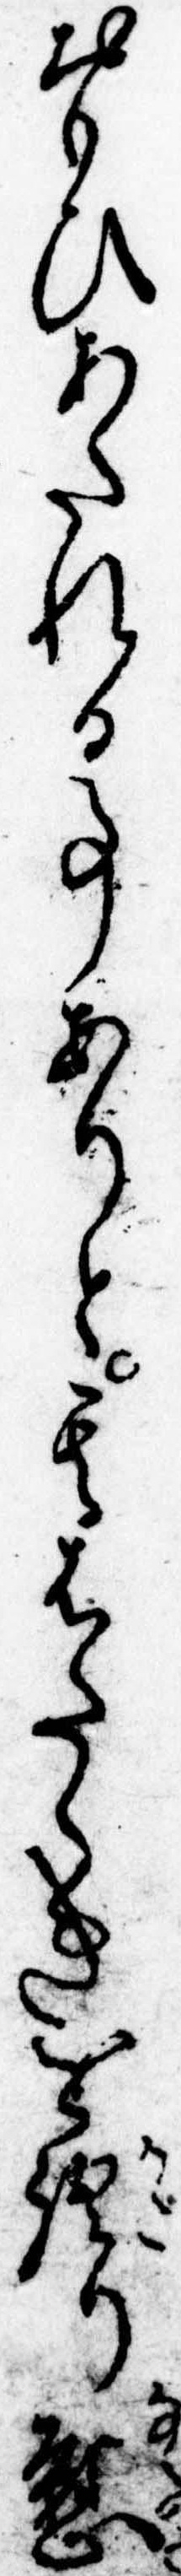
おもひあたれる事ありと其はたらきを語り慰